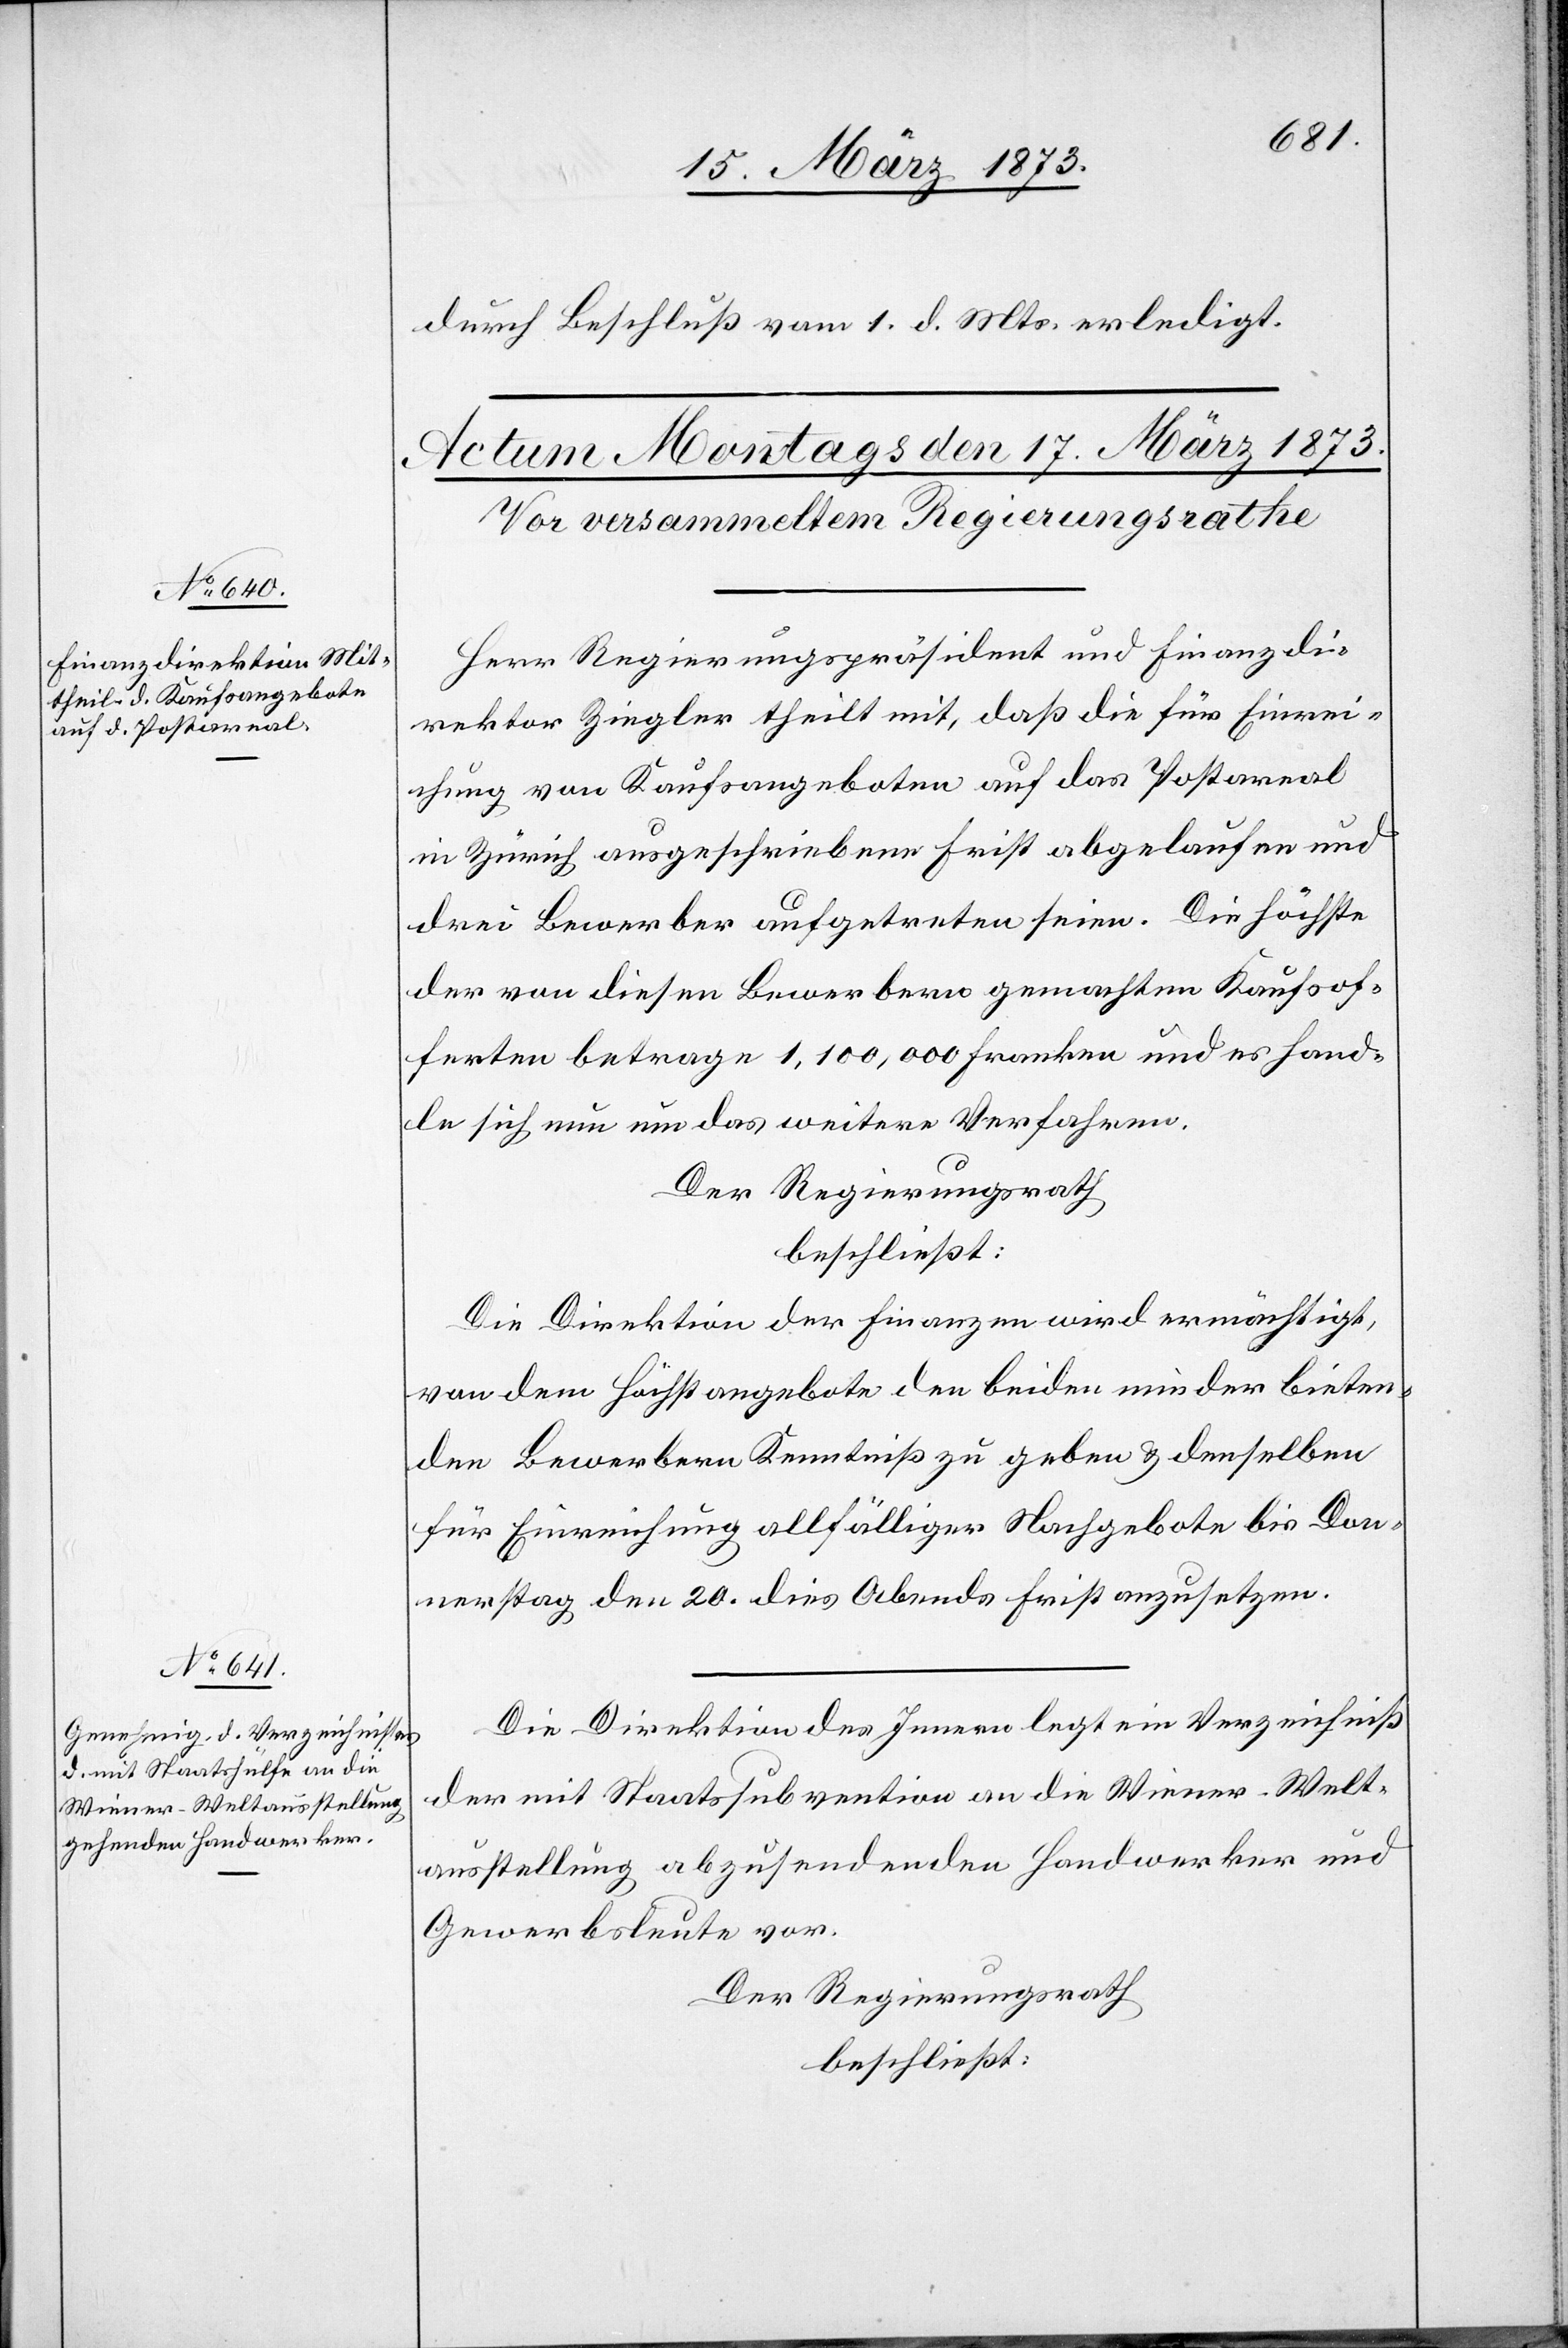
durch Beschluß vom 1. d. Mts. erledigt.
Herr Regierungspräsident und Finanzdi¬
rektor Ziegler theilt mit, daß die für Einrei¬
chung von Kaufsangeboten auf das Postareal
in Zürich ausgeschriebene Frist abgelaufen und
drei Bewerber aufgetreten seien. Die höchste
der von diesen Bewerbern gemachten Kaufsof¬
ferten betrage 1,100,000 Franken und es hand¬
le sich nun um das weitere Verfahren.
Der Regierungsrath
beschließt:
Die Direktion der Finanzen wird ermächtigt,
von dem Höchstangebote den beiden minder bieten¬
den Bewerbern Kenntniß zu geben u. denselben
für Einreichung allfälliger Nachgebote bis Don¬
nerstag den 20. dies Abends Frist anzusetzen.
Die Direktion des Innern legt ein Verzeichniß
der mit Staatssubvention an die Wiener-Welt¬
ausstellung abzusendenden Handwerker und
Gewerbsleute vor.
Der Regierungsrath
beschließt: